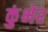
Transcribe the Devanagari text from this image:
कुंभेर